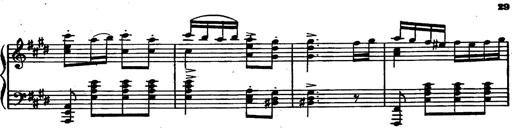
Title: Magyar rapszÃ³diÃ¡k
Composer: Franz Liszt